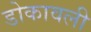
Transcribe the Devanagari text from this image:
डोकावली